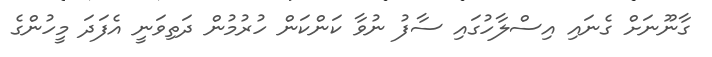
ގާނޫނަށް ގެނައި އިސްލާހުގައި ސާފު ނުވާ ކަންކަން ހުރުމުން ދަތިވަނީ އެފަދަ މީހުންގެ